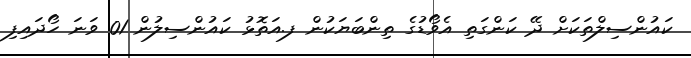
ކައުންސިލްތަކަށް ދޭ ކަންގަތި އެވޯޑުގެ ތިންބަޔަކުން ފ.އަތޮޅު ކައުންސިލުން 01 ވަނަ ހޯދައިފި